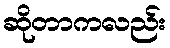
ဆိုတာကလည်း